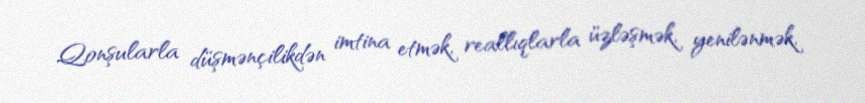
Qonşularla düşmənçilikdən imtina etmək, reallıqlarla üzləşmək, yenilənmək,